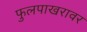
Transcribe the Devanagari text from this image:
फुलपाखरावर